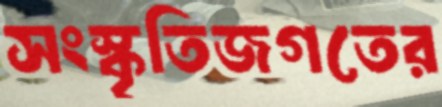
সংস্কৃতিজগতের